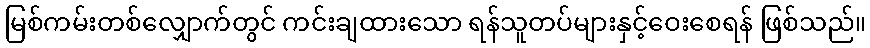
မြစ်ကမ်းတစ်လျှောက်တွင် ကင်းချထားသော ရန်သူတပ်များနှင့်ဝေးစေရန် ဖြစ်သည်။